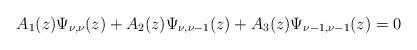
LaTeX: \begin{align*}A_1(z)\Psi_{\nu,\nu}(z)+A_2(z)\Psi_{\nu,\nu-1}(z)+A_3(z)\Psi_{\nu-1,\nu-1}(z)=0\end{align*}